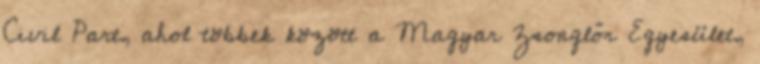
Civil Part, ahol többek között a Magyar Zsonglőr Egyesület,